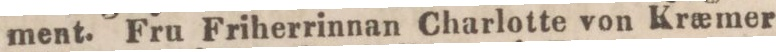
ment. Fru Friherrinnan Charlotte von Kræmer